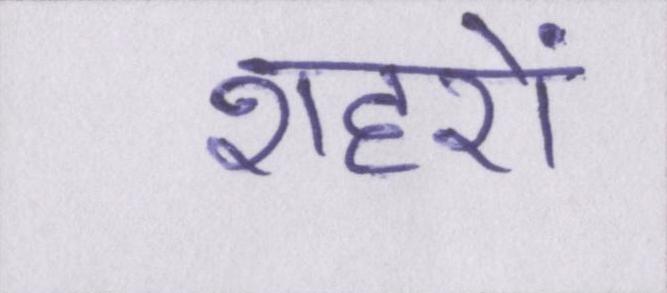
शहरों